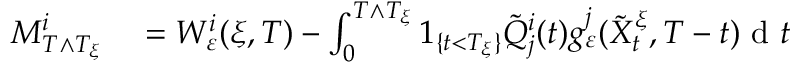
\begin{array} { r l } { M _ { T \wedge T _ { \xi } } ^ { i } } & { { } = W _ { \varepsilon } ^ { i } ( \xi , T ) - \int _ { 0 } ^ { T \wedge T _ { \xi } } 1 _ { \{ t < T _ { \xi } \} } \tilde { Q } _ { j } ^ { i } ( t ) g _ { \varepsilon } ^ { j } ( \tilde { X } _ { t } ^ { \xi } , T - t ) \textrm { d } t } \end{array}